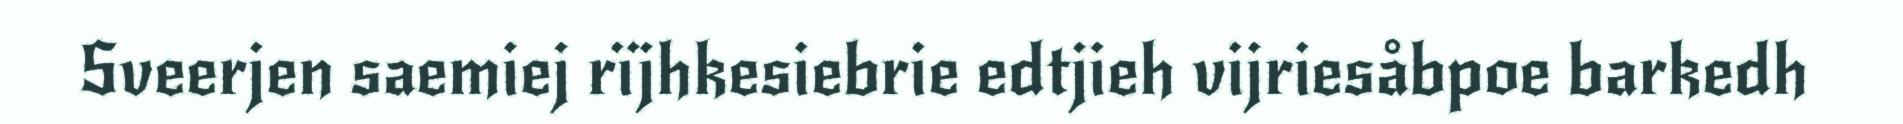
Sveerjen saemiej rïjhkesiebrie edtjieh vijriesåbpoe barkedh